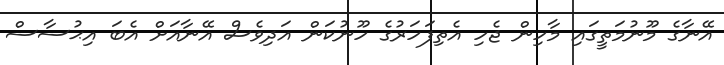
އޭނާގެ މޫނުމަތީގައި މާހިން ޖެހި އެތިފަހަރުގެ ހޫނުކަން އަދިވެސް އޭނާއަށް އެބަ އިޙުސާސް